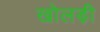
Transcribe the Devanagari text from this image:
खोलड़ी